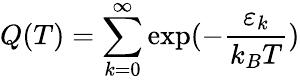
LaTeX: Q(T)=\sum_{k=0}^{\infty}\exp(-\frac{\varepsilon_{k}}{k_{B}T})